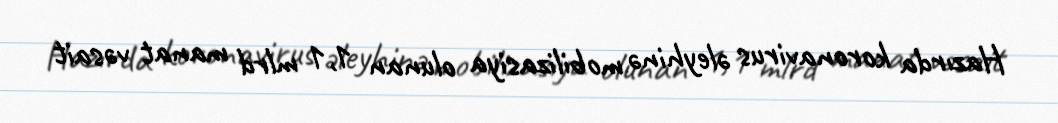
Hazırda koronavirus əleyhinə mobilizasiya olunan 1,1 mlrd manat vəsait